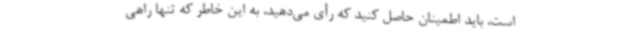
است، باید اطمینان حاصل کنید که رأی می‌دهید، به این خاطر که تنها راهی